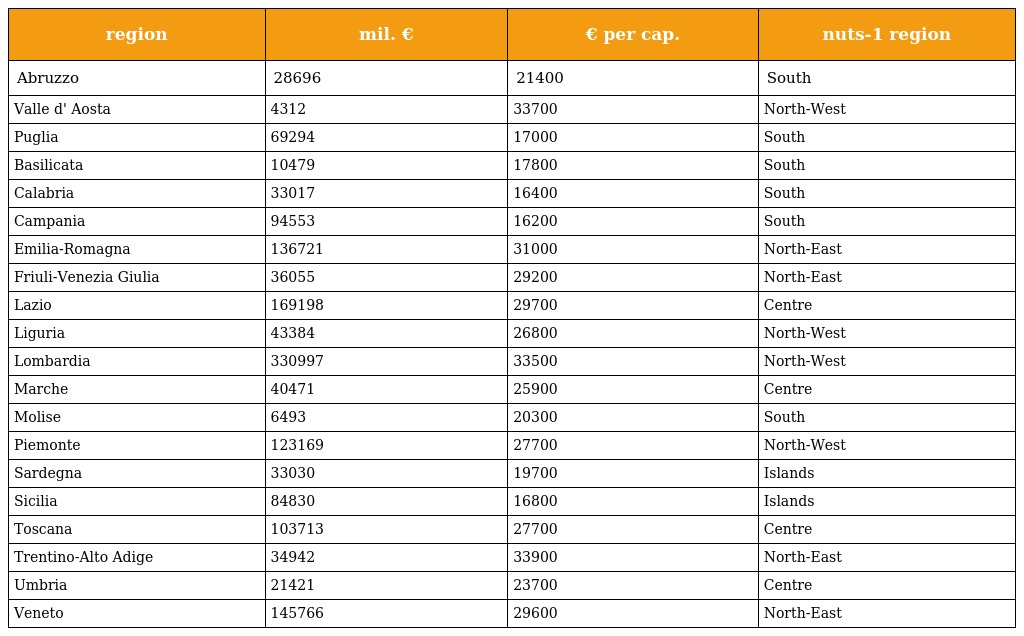
| region | mil. € | € per cap. | nuts-1 region |
 | --- | --- | --- | --- |
 | Abruzzo | 28696 | 21400 | South |
 | Valle d' Aosta | 4312 | 33700 | North-West |
 | Puglia | 69294 | 17000 | South |
 | Basilicata | 10479 | 17800 | South |
 | Calabria | 33017 | 16400 | South |
 | Campania | 94553 | 16200 | South |
 | Emilia-Romagna | 136721 | 31000 | North-East |
 | Friuli-Venezia Giulia | 36055 | 29200 | North-East |
 | Lazio | 169198 | 29700 | Centre |
 | Liguria | 43384 | 26800 | North-West |
 | Lombardia | 330997 | 33500 | North-West |
 | Marche | 40471 | 25900 | Centre |
 | Molise | 6493 | 20300 | South |
 | Piemonte | 123169 | 27700 | North-West |
 | Sardegna | 33030 | 19700 | Islands |
 | Sicilia | 84830 | 16800 | Islands |
 | Toscana | 103713 | 27700 | Centre |
 | Trentino-Alto Adige | 34942 | 33900 | North-East |
 | Umbria | 21421 | 23700 | Centre |
 | Veneto | 145766 | 29600 | North-East |